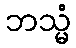
ဘသ္မံ